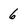
Character: 6